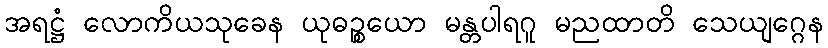
အရဋ္ဌံ လောကိယသုခေန ယုဓဉ္စယော မန္တပါရဂူ မညထာတိ သေယျဂ္ဂေန